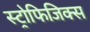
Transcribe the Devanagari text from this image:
स्ट्रोफिजिक्स